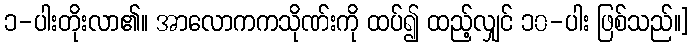
၁-ပါးတိုးလာ၏။ အာလောကကသိုဏ်းကို ထပ်၍ ထည့်လျှင် ၁၀-ပါး ဖြစ်သည်။]